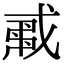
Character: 𢧟